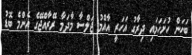
ބަހަން ހުށަހަޅައި ދިރާގު އަހަރީ އާއްމު ޖަލްސާ މާދަމާ ރޭރާއްޖޭގެ އެންމެ ބޮޑު